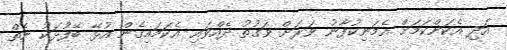
އަދި އެކަންކަމަށް އެމަނިކުފާނު ވަރަށް ވަގުތު ދެއްވައި އެކަމައިގެން އުޅޭ ބޭފުޅަކު ނެތް